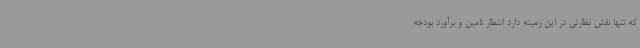
که تنها نقش نظارتی در این زمینه دارد انتظار تامین و برآورد بودجه